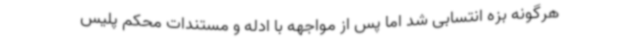
هرگونه بزه انتسابی شد اما پس از مواجهه با ادله و مستندات محکم پلیس